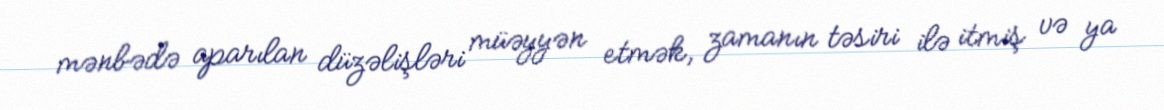
mənbədə aparılan düzəlişləri müəyyən etmək, zamanın təsiri ilə itmiş və ya